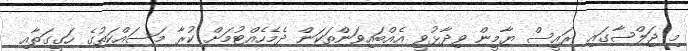
މި ޖަލްސާގައި ރައީސް ޔާމީން ވިދާޅުވީ އެއްބައިވަންތަކަން ދެމެހެއްޓުމަށް ކުރާ މަސައްކަތުގެ ހަގީގަތާއި